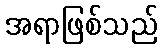
အရာဖြစ်သည်